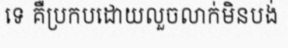
ទេ គឺប្រកបដោយលួចលាក់មិនបង់